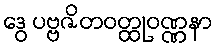
ဒွေ ပဗ္ဗဇိတဝတ္ထုဝဏ္ဏနာ